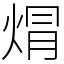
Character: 焨